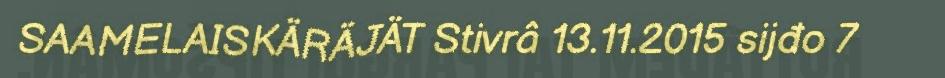
SAAMELAISKÄRÄJÄT Stivrâ 13.11.2015 sijđo 7